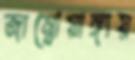
জাম্বোয়াঙ্গায়